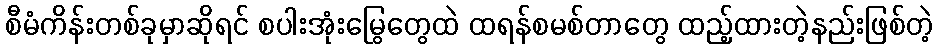
စီမံကိန်းတစ်ခုမှာဆိုရင် စပါးအုံးမြွေတွေထဲ ထရန်စမစ်တာတွေ ထည့်ထားတဲ့နည်းဖြစ်တဲ့